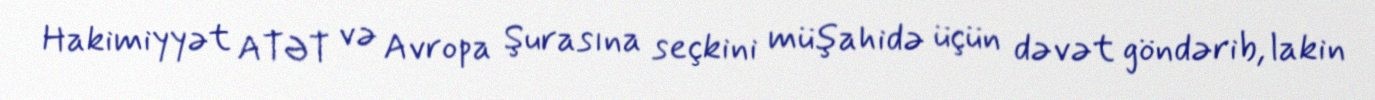
Hakimiyyət ATƏT və Avropa Şurasına seçkini müşahidə üçün dəvət göndərib, lakin